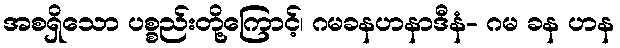
အစရှိသော ပစ္စည်းတို့ကြောင့်၊ ဂမခနဟနာဒီနံ- ဂမ ခန ဟန